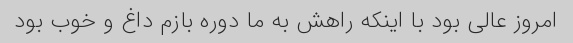
امروز عالی بود با اینکه راهش به ما دوره بازم داغ و خوب بود